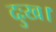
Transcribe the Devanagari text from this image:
दुःख।